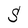
Character: S